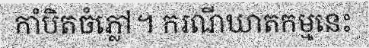
កាំបិតចំភ្លៅ។ ករណីឃាតកម្មនេះ